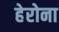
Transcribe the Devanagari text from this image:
हेरोना